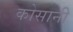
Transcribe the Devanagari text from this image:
कोसानी